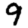
Digit: 9